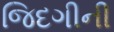
જિદગીની